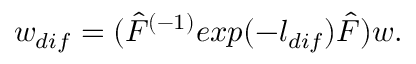
w _ { d i f } = ( \hat { F } ^ { ( - 1 ) } e x p ( - l _ { d i f } ) \hat { F } ) w .